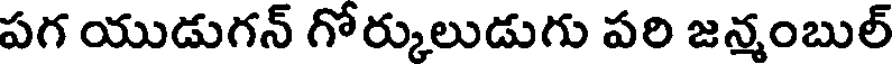
పగ యుడుగన్ గోర్కులుడుగు పరి జన్మంబుల్